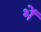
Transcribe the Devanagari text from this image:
भें